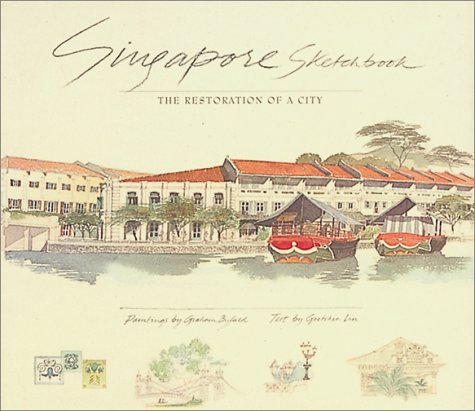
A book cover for Singapore Sketchbook:The Resto; Graham Byfield; Travel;